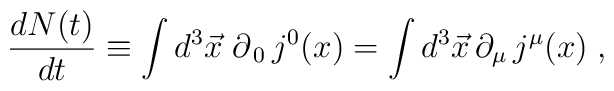
\frac{d N(t)}{dt} \equiv \int d^3\vec{x}\; \partial_{\,0}\, j^0(x) = \int d^3\vec{x}\,\partial_\mu\, j^\mu(x)\;,